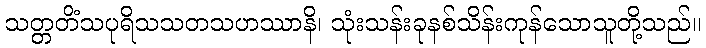
သတ္တတိံသပုရိသသတသဟဿာနိ၊ သုံးသန်းခုနစ်သိန်းကုန်သောသူတို့သည်။